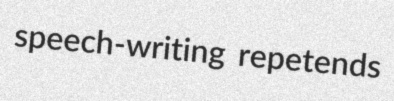
speech-writing repetends